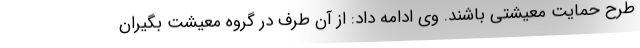
طرح حمایت معیشتی باشند. وی ادامه داد: از آن طرف در گروه معیشت بگیران